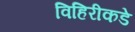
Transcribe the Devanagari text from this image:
विहिरीकडे